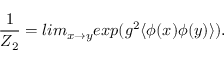
\frac { 1 } { Z _ { 2 } } = l i m _ { x \rightarrow y } e x p ( g ^ { 2 } \langle \phi ( x ) \phi ( y ) \rangle ) .